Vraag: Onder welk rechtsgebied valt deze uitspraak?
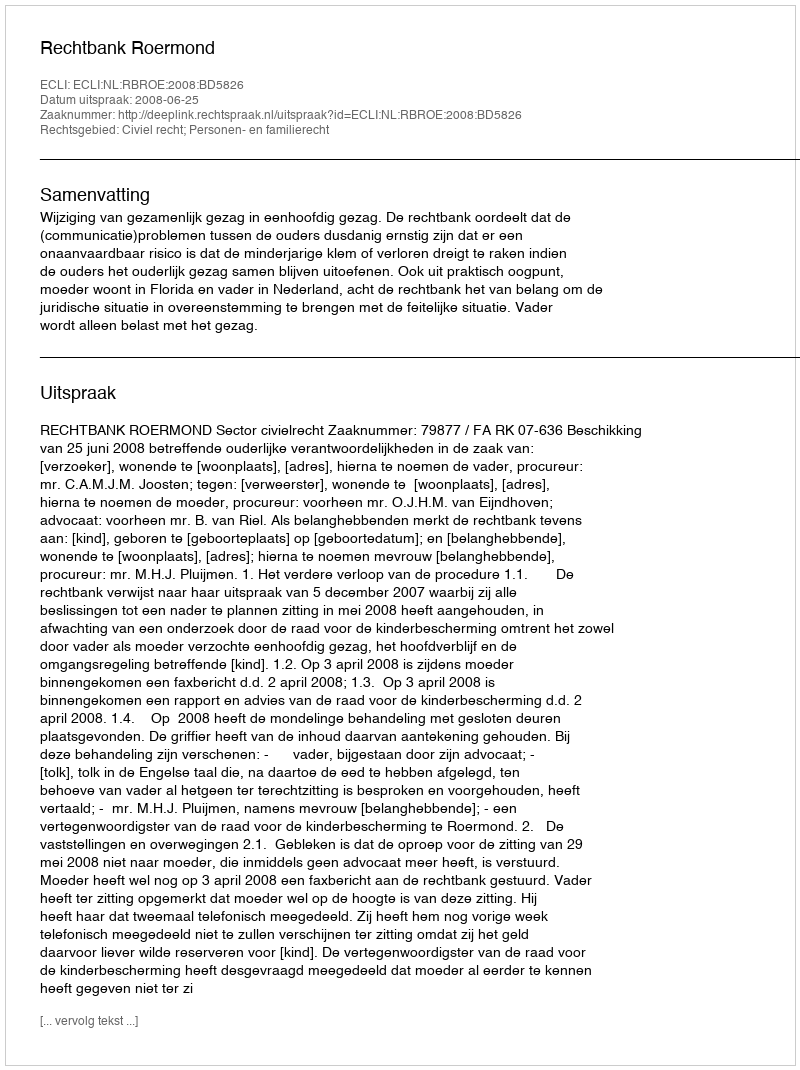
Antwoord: Civiel recht; Personen- en familierecht